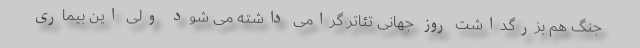
جنگ هم بزرگداشت روز جهانی تئاتر گرامی داشته می شود ولی این بیماری